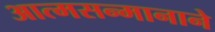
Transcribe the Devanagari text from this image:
आत्मसन्मानाने